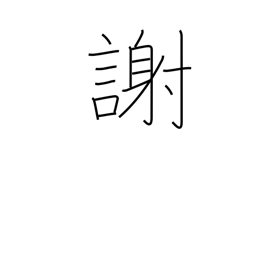
Meaning: thank